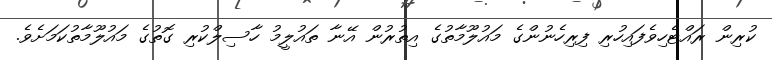
ކުރިން ރައްޓެހިވެފައިހުރި ފިރިހެނުންގެ މައުލޫމާތުގެ އިތުރުން އޭނާ ތައުލީމު ހާސިލްކުރި ގޮތުގެ މައުލޫމާތުކަމަށެވެ.